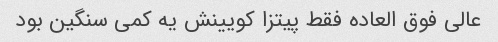
عالی فوق العاده فقط پیتزا کویینش یه کمی سنگین بود